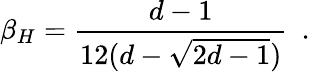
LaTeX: \beta_{H}={\frac{d-1}{12(d-\sqrt{2d-1})}}~~.